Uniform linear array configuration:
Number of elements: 48
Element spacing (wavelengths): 1
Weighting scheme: kaiser
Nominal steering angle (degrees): -45
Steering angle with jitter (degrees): -43.44
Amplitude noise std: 0.05
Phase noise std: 0.05

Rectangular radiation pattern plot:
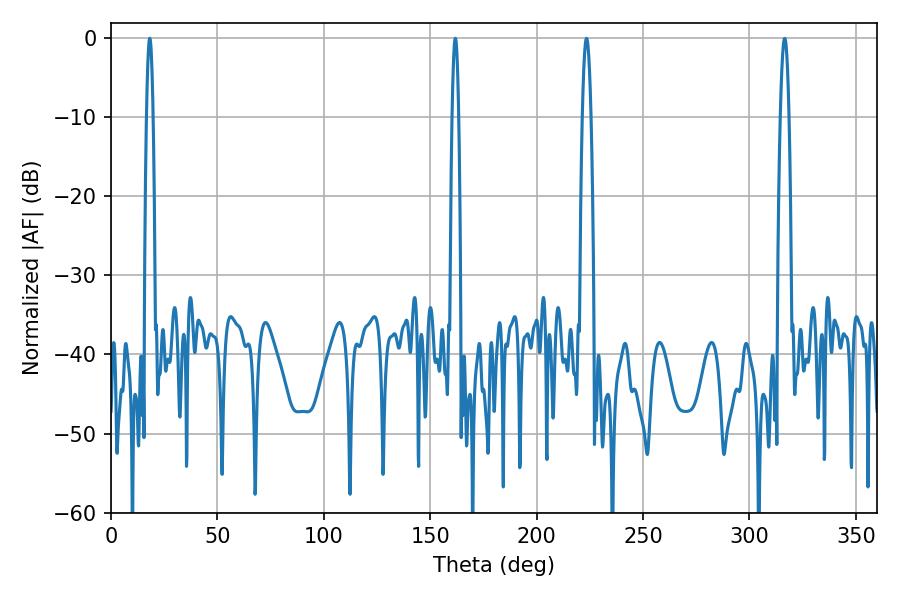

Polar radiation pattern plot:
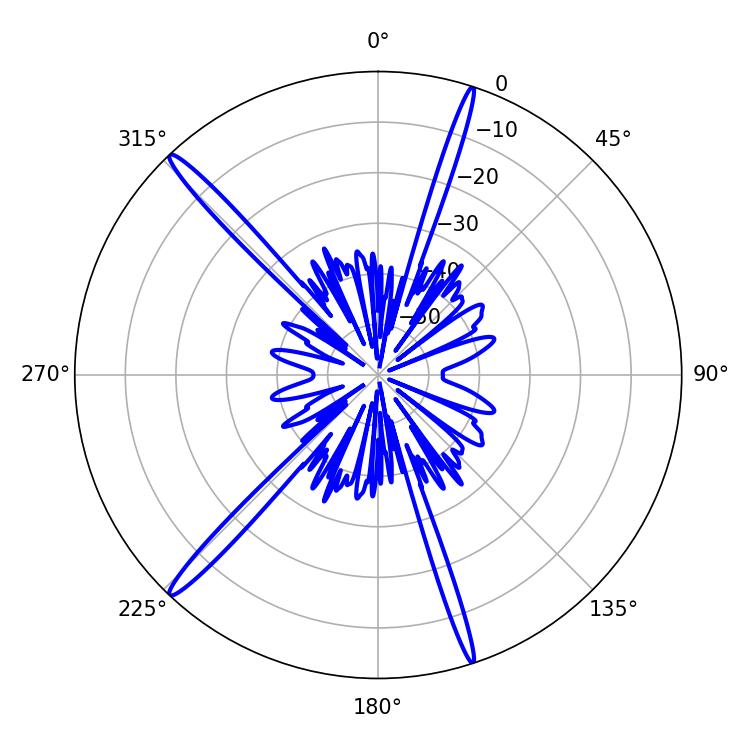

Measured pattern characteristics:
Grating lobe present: TRUE
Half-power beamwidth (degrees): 1.62
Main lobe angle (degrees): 18.18